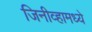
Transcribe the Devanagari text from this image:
जिनीव्हामध्ये